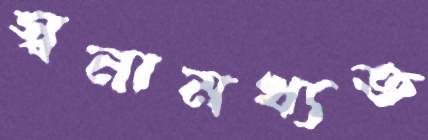
স্বনামখ্যত